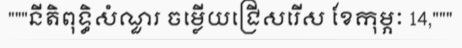
"""នីតិពុទ្ធិសំណួរ ចម្លើយជ្រើសរើស ខែកុម្ភៈ 14,"""